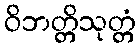
ဝိဘတ္တိသုတ္တံ